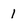
Character: 1